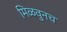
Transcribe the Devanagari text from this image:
मिळवुनच